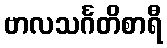
ဗာလသင်္ဂတိစာရီ